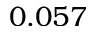
0 . 0 5 7